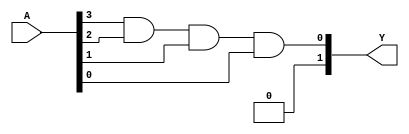
module FusedPAL (
    input wire [N-1:0] A,      // N inputs
    output wire [M-1:0] Y      // M outputs
);

// Parameters
parameter N = 4;              // Number of inputs
parameter M = 2;              // Number of outputs
parameter P = 4;              // Number of product terms

// Internal signals for product terms
wire [P-1:0] product_terms;   // Product term outputs
wire [P-1:0] and_array [N-1:0]; // AND array connections

// Example fusing configuration (1 = connected, 0 = not connected)
assign and_array[0] = {A[0], A[1], A[2], A[3]}; // Product term 0
assign and_array[1] = {A[0], A[1], 1'b0, A[3]}; // Product term 1
assign and_array[2] = {1'b0, A[1], A[2], 1'b0}; // Product term 2
assign and_array[3] = {A[0], 1'b0, A[2], A[3]}; // Product term 3

// Generate product terms
generate
    genvar i;
    for (i = 0; i < P; i = i + 1) begin : product_term_gen
        assign product_terms[i] = and_array[i][0] & and_array[i][1] & and_array[i][2] & and_array[i][3];
    end
endgenerate

// OR array to generate outputs
assign Y[0] = product_terms[0] | product_terms[1]; // Output 0
assign Y[1] = product_terms[2] | product_terms[3]; // Output 1

endmodule